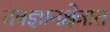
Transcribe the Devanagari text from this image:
तंत्रज्ञानक्षेत्रात